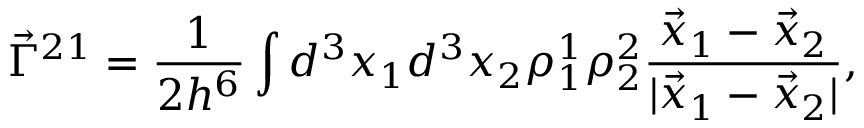
\vec { \Gamma } ^ { 2 1 } = \frac { 1 } { 2 h ^ { 6 } } \int d ^ { 3 } x _ { 1 } d ^ { 3 } x _ { 2 } \rho _ { 1 } ^ { 1 } \rho _ { 2 } ^ { 2 } \frac { \vec { x } _ { 1 } - \vec { x } _ { 2 } } { | \vec { x } _ { 1 } - \vec { x } _ { 2 } | } ,